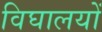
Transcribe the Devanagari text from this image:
विघालयों